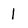
Character: 1